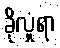
ခိုလှုံရာ